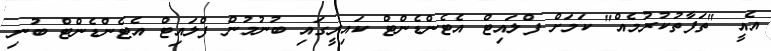
އެއީ "ތަފާތުކުރުމެއް" ކަމަށް ފްލައިޓް އެޓެންޑެންޓް ކައިރީގައި ބުނުމުން ފްލައިޓް އެޓެންޑެންޓް ބުނި